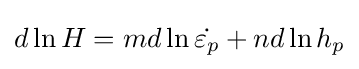
d\ln {H}=md\ln {\dot {\varepsilon _{p}}}+nd\ln {h_{p}}